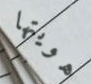
هويتها